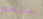
يستحم